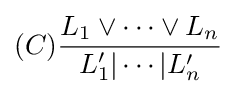
(C){\frac {L_{1}\lor \cdots \lor L_{n}}{L_{1}'|\cdots |L_{n}'}}